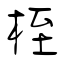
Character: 桎